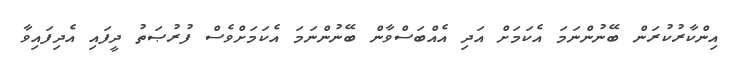
އިންކާރުކުރަން ބޭނުންނަމަ އެކަމަށް އަދި އެއްބަސްވާން ބޭނުންނަމަ އެކަމަށްވެސް ފުރުޞަތު ދީފައި އެދިފައިވާ